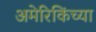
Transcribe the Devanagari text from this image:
अमेरिकिंच्या